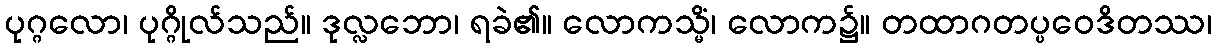
ပုဂ္ဂလော၊ ပုဂ္ဂိုလ်သည်။ ဒုလ္လဘော၊ ရခဲ၏။ လောကသ္မိံ၊ လောက၌။ တထာဂတပ္ပဝေဒိတဿ၊